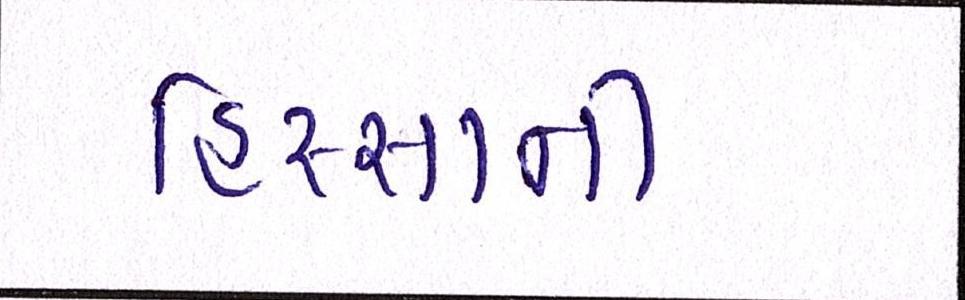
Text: હિસ્સાની